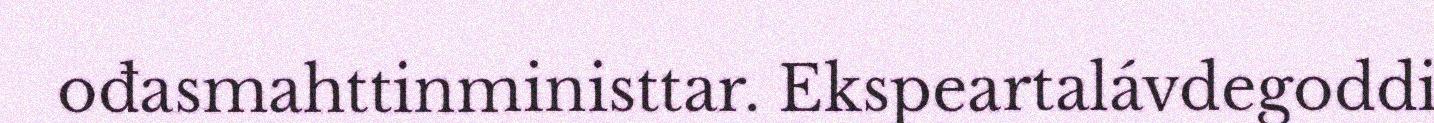
ođasmahttinministtar. Ekspeartalávdegoddi